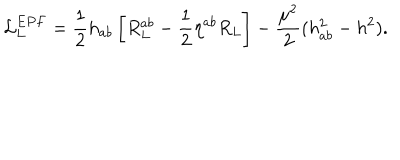
{ \cal L } _ { L } ^ { E P F } = \frac { 1 } { 2 } h _ { a b } \left[ R _ { L } ^ { a b } - \frac { 1 } { 2 } \eta ^ { a b } R _ { L } \right] - \frac { \mu ^ { 2 } } { 2 } ( h _ { a b } ^ { 2 } - h ^ { 2 } ) .